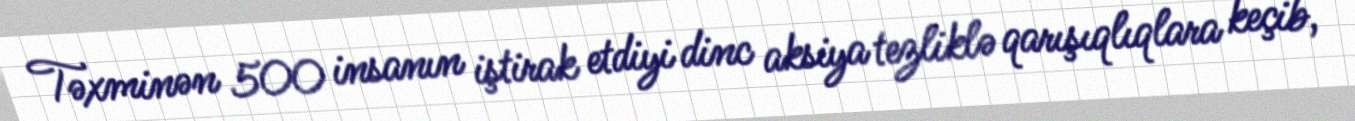
Təxminən 500 insanın iştirak etdiyi dinc aksiya tezliklə qarışıqlıqlara keçib,